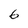
Character: 6